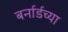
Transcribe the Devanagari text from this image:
बर्नार्डच्या